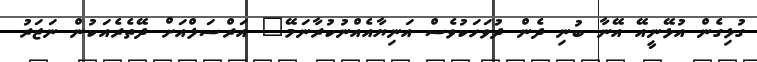
ގުޅިގެން އުޅޭނީއޭ އޭނާ ބުނި ދެން ދުވަހަކުވެސް އަނިޔާއެއްނުކުރާނަމޭ" އަރްސަލްއަށް ދޭތެރެއަކުން ނަޒަރު